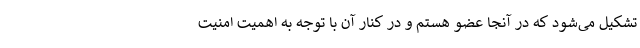
تشکیل می‌شود که در آنجا عضو هستم و در کنار آن با توجه به اهمیت امنیت